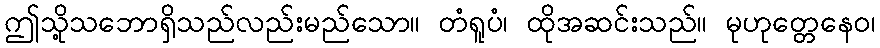
ဤသို့သဘောရှိသည်လည်းမည်သော။ တံရူပံ၊ ထိုအဆင်းသည်။ မုဟုတ္တေနေဝ၊